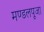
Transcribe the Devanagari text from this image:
मण्डलपूजा